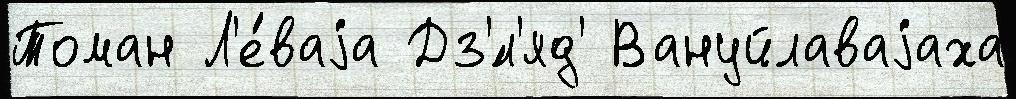
Томан Л'е́ваjа Дз'́л'яд' Вануйлаваjаха